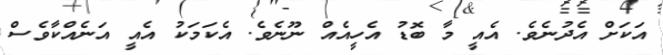
އަކަށް އެދުނެވެ. އެއީ މާ ބޮޑު އެހީއެއް ނޫނެވެ. އެކަމަކު އެއީ އަނެއްކާވެސް